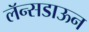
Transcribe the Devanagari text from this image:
लॅन्सडाऊन